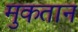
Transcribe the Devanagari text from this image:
मुकतान